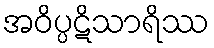
အဝိပ္ပဋိသာရိဿ